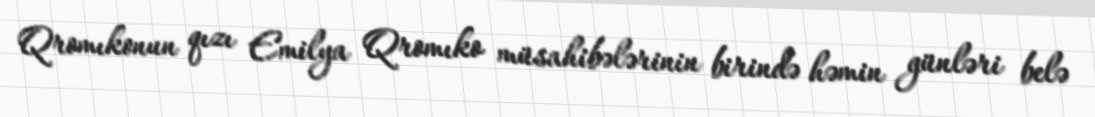
Qromıkonun qızı Emilya Qromıko müsahibələrinin birində həmin günləri belə